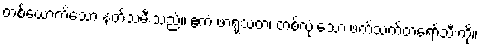
တစ်ယောက်သော နတ်သမီးသည်။ ဧကံ ဖာရုသတံ၊ တစ်လုံးသော ဖက်သက်တရော်သီးကို။